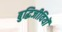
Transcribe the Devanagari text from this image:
बुद्धिजीवियॊं